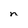
Character: n